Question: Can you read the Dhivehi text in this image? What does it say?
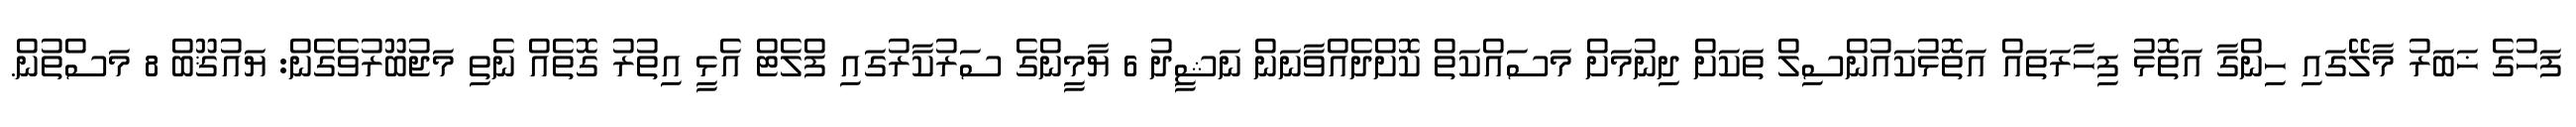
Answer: ފަހުގެ ޚަބަރު މާލޭގައި ހިންގާ އަތޮޅު ފިހާރަތައް އަތޮޅުކައުންސިލް ތަކަށް ދިނުމަށް މަސައްކަތް ކޮށްދެއްވާނަން ނަޝީދު 6 ޔާމީންގެ ސަރުކާރުގައި ފްލެޓް އެޅީ އިތުރު ގޮތެއް ނެތި މަޖުބޫރުވެގެން: ޔައުޤޫބް 8 މަސްތުން.